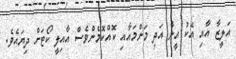
އަލީޒާ އާއި އެކު އީނާ އަދި މަންމައާއި ކޮއްކޮމެންވެސް އާއިލީ ކޯޓަށް ދިޔައެވެ.